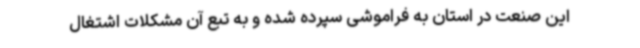
این صنعت در استان به فراموشی سپرده شده و به تبع آن مشکلات اشتغال